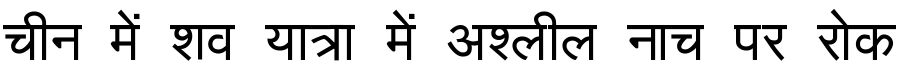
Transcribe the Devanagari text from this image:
चीन में शव यात्रा में अश्लील नाच पर रोक